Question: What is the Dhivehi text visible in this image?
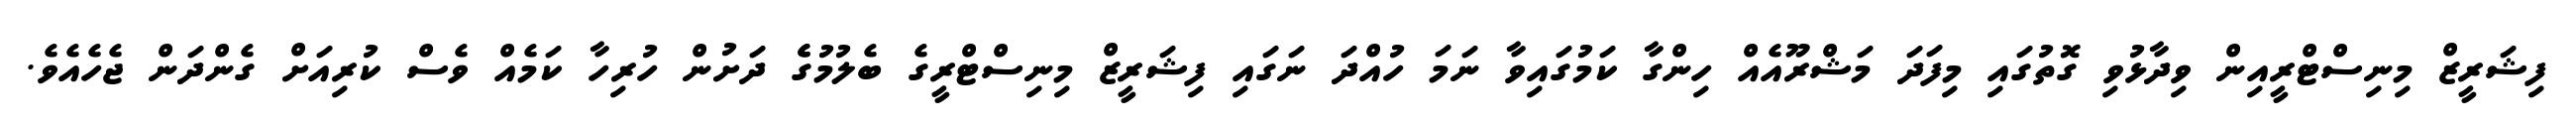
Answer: ފިޝަރީޒް މިނިސްޓްރީއިން ވިދާޅުވި ގޮތުގައި މިފަދަ މަޝްރޫއެއް ހިންގާ ކަމުގައިވާ ނަމަ ހުއްދަ ނަގައި ފިޝަރީޒް މިނިސްޓްރީގެ ބެލުމުގެެ ދަށުން ހުރިހާ ކަމެއް ވެސް ކުރިއަށް ގެންދަން ޖެހެއެވެ.